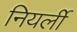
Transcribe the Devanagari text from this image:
नियर्ली